V__Kingissepa_nim__kolhoos, lk 91
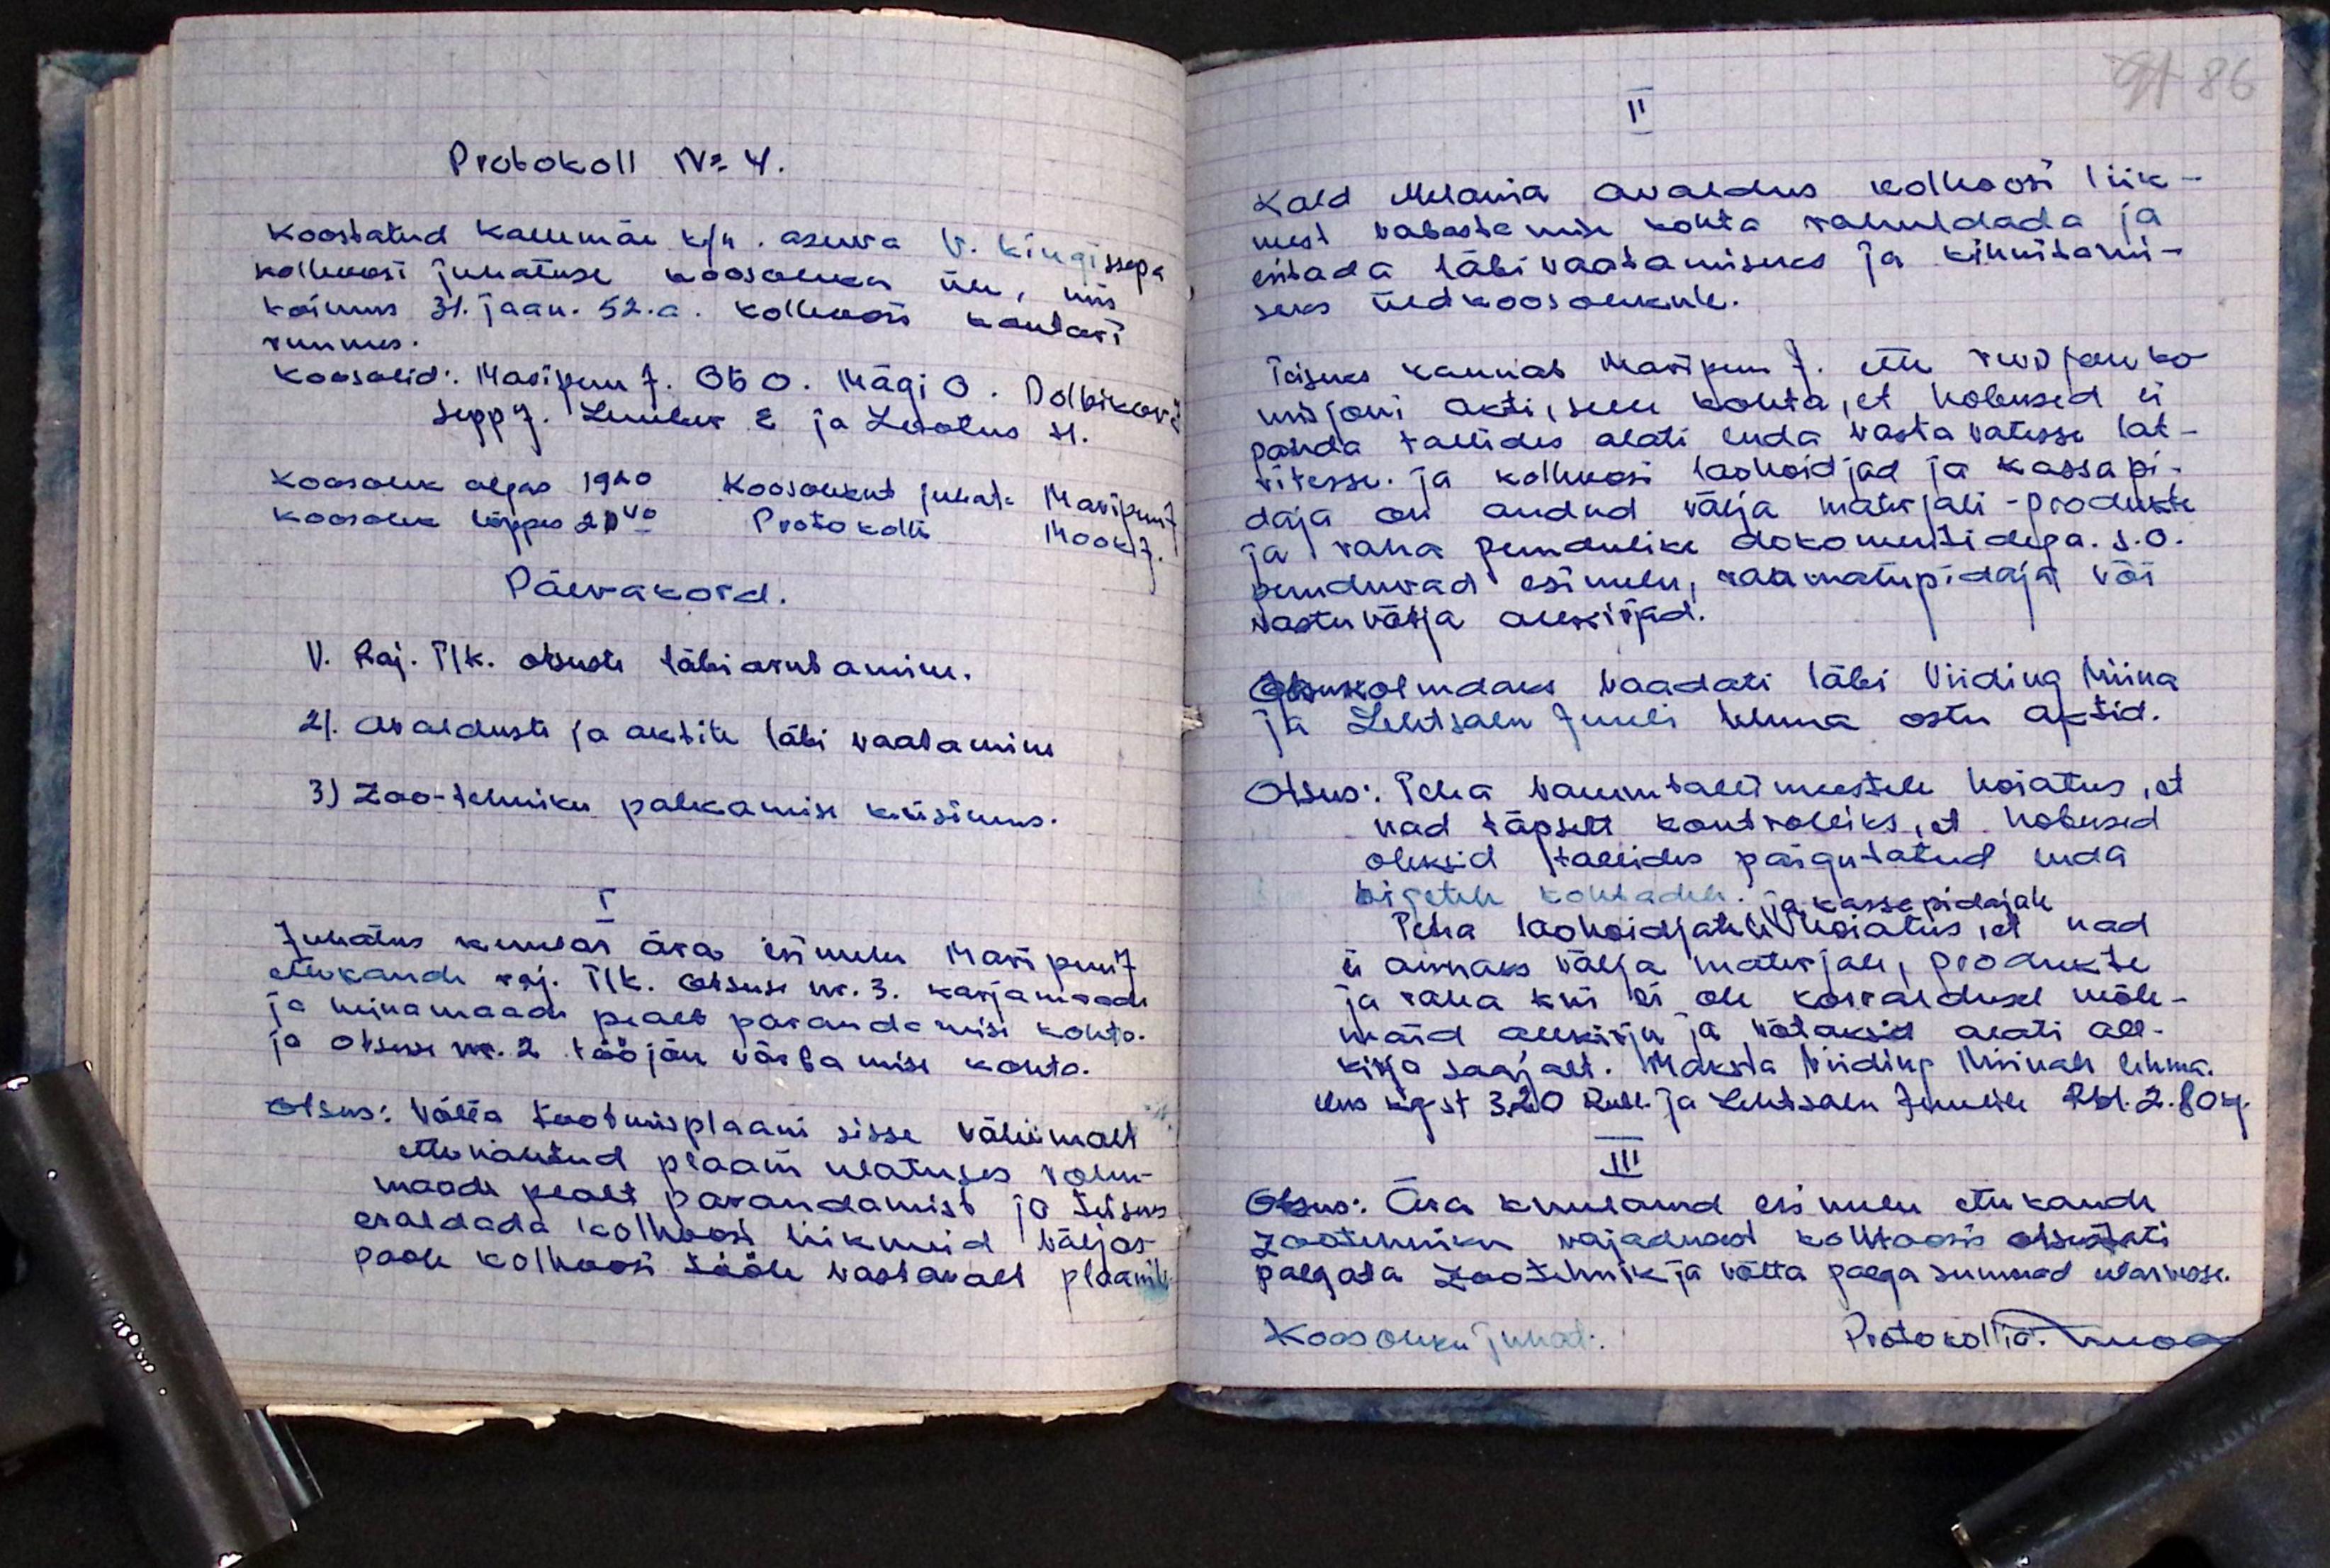
91 86

Prokokoll No 4.
Koostatud Kallemäe k/n. asuva V. Kingissepa
kolhoosi juhatuse koosoleku üle, mis
toimus 31. jaan. 52. a. kolhoosi kontori
ruumes.
Koos olid: Maripuu J. Ots O. Mägi O. Dolbikovi
Sepp J. Lember E. ja Lootus H.
Koosolek algas 19.20. Koosolekut juhat. Maripuu J
koosolek lõppes 20.00 Protokollis Mook J.
Päevakord.
1). Raj. TIK. otsuste läbi arutamine.
2). Avalduste ja aktite läbi vaatamine
3) Zoo-tehniku palkamise küsimus.
I
Juhatus kuulas ära esimehe Maripuur J.
ettekande raj. TIK. Otsuse nr. 3. karjamaade
ja heinamaade pealt parandamise kohta
ja otsuse nr. 2 tööjõu värbamise kohta.
otsus: välja tootmisplaani sisse vähemalt
ette nähtud plaani ulatuses rohu-
maade pealt parandamist ja teiseks
eraldada kolhoosi liikumeid väljas-
poole kolhoosi tööle vastavalt plaanile

II
Kald Melania avaldus kolhoosi liik-
mest vabastamise kohta rahuldada ja
esitada läbivaatamiseks ja kinnitami-
seks üldkoosolekule.
Teiseks kannab Maripuu J. ette revisjon ko-
misjoni akti, selle kohta, et hobused ei
panda tallides alati enda vastavatesse lat-
ritesse ja kolhoosi laohoidjad ja kassapi-
daja on andud välja materjali-produkte
ja raha puudulike dokomentidega. s.o.
puuduvad esimehe, raamatupidaja või
vastuvõtja allkirjad.
Otsuk kolmandaks vaadati läbi Viiding Miina
ja Lehtsalu Juuli lehma ostu aktid.
Otsus: Teha vanem tallimeestele hoiatus, et
nad täpselt kontrolliks, et hobused
oleksid tallides paigutatud enda
õigetele kohtadele ja kassapidajale.
Teha laohoidjatele hoiatus, et nad
ei annaks välja materjali, produkte
ja raha kui ei ole korraldusel mõle-
maid allkirju ja võtaksid alati all-
kirja saajalt. Maksta Viiding Miinale lehma.
elus seigest 3.20 Rubl. ja Lehtsalu Juulile Rbl. 2.804.
III
Otsus: Ära kuulanud, esimehe ettekande
zootehniku vajadusest kolhoosis otsustati
palgata zootehnik ja võtta palga summad üleskoosi.
Koosoleku juhat.
Protokollia. Mook